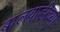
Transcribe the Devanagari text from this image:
बालवाडीच्या